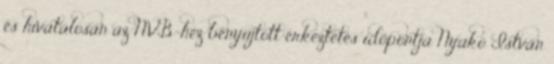
és hivatalosan az NVB-hez benyújtott érkeztetés időpontja Nyakó István